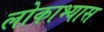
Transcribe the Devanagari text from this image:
लोकाभ्यास